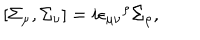
LaTeX: \left[ \Sigma _ { \mu } , \Sigma _ { \nu } \right] = i { \epsilon _ { \mu \nu } } ^ { \rho } \Sigma _ { \rho } ,